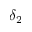
\delta _ { 2 }